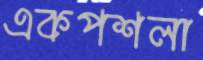
একপশলা